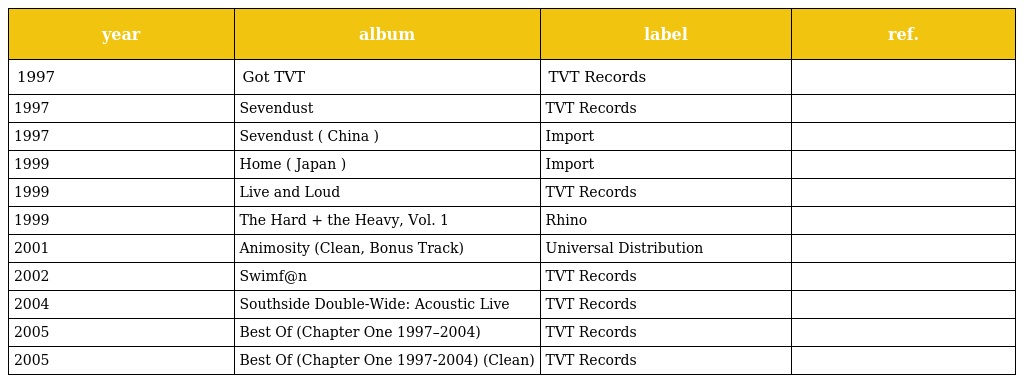
| year | album | label | ref. |
 | --- | --- | --- | --- |
 | 1997 | Got TVT | TVT Records |  |
 | 1997 | Sevendust | TVT Records |  |
 | 1997 | Sevendust ( China ) | Import |  |
 | 1999 | Home ( Japan ) | Import |  |
 | 1999 | Live and Loud | TVT Records |  |
 | 1999 | The Hard + the Heavy, Vol. 1 | Rhino |  |
 | 2001 | Animosity (Clean, Bonus Track) | Universal Distribution |  |
 | 2002 | Swimf@n | TVT Records |  |
 | 2004 | Southside Double-Wide: Acoustic Live | TVT Records |  |
 | 2005 | Best Of (Chapter One 1997–2004) | TVT Records |  |
 | 2005 | Best Of (Chapter One 1997-2004) (Clean) | TVT Records |  |